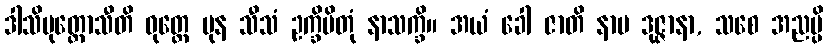
ဒါသိပုတ္တောသီတိ ဝုတ္တေ ပုန သီသံ ဥက္ခိပိတုံ နာသက္ခိ။ အယံ ခေါ ဇာတိ နာမ ဒုဇ္ဇာနာ, သစေ အညမ္ပိ